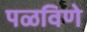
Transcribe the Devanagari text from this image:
पळविणे